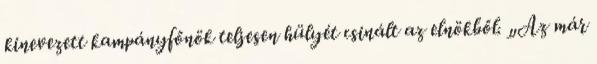
kinevezett kampányfőnök teljesen hülyét csinált az elnökből. „Az már